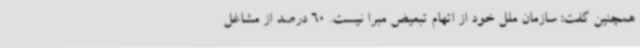
همچنین گفت:‌ سازمان ملل خود از اتهام تبعیض مبرا نیست. 60 درصد از مشاغل